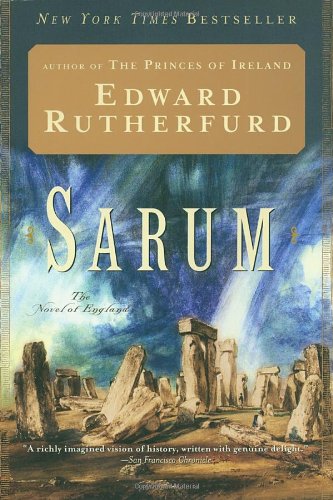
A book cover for Sarum: The Novel of England; Edward Rutherfurd; Literature & Fiction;